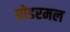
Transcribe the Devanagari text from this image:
प्रोडरमल